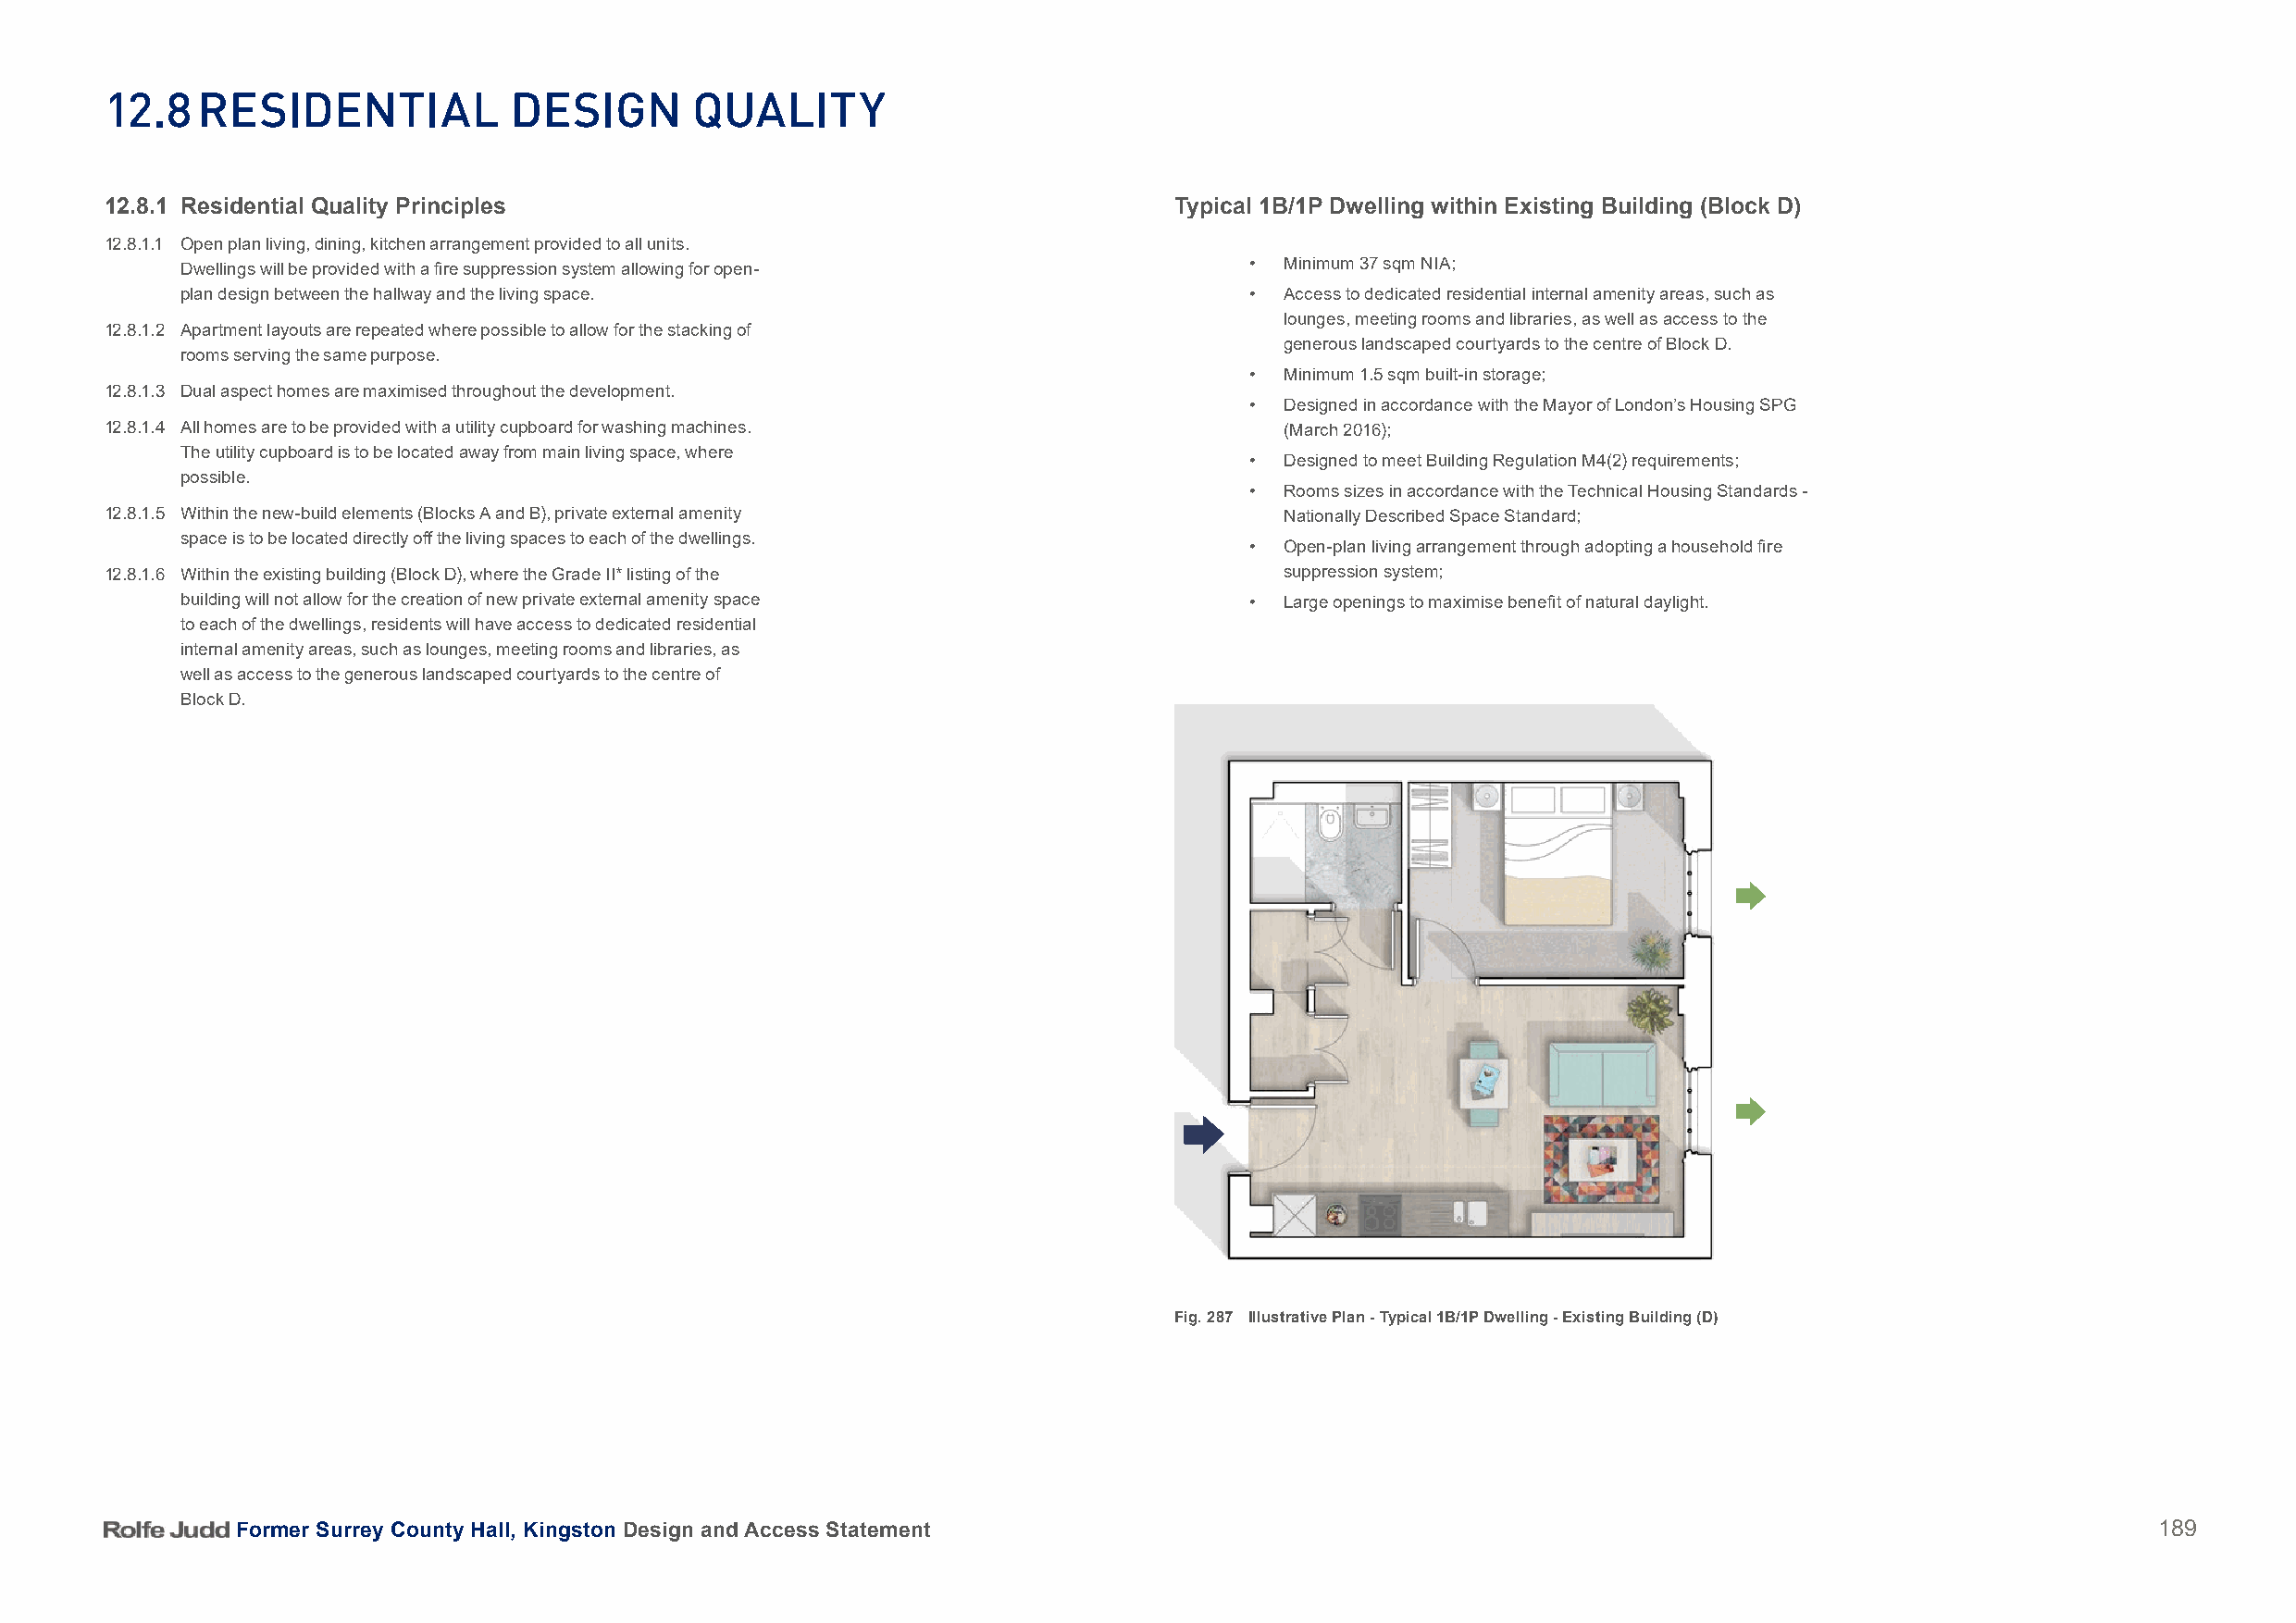
12.8   reSiDential            DeSign       Quality
 12.8.1 Residential Quality Principles                                        Typical 1B/1P Dwelling within Existing Building (Block D)
 12.8.1.1 Open plan living, dining, kitchen arrangement provided to all units.
 Dwellings will be provided with a fire suppression system allowing for open- • Minimum 37 sqm NIA;
 plan design between the hallway and the living space.                       •  Access to dedicated residential internal amenity areas, such as
 lounges, meeting rooms and libraries, as well as access to the
 12.8.1.2 Apartment layouts are repeated where possible to allow for the stacking of
 generous landscaped courtyards to the centre of Block D.
 rooms serving the same purpose.
 •  Minimum 1.5 sqm built-in storage;
 12.8.1.3 Dual aspect homes are maximised throughout the development.
 •  Designed in accordance with the Mayor of London’s Housing SPG
 12.8.1.4 All homes are to be provided with a utility cupboard for washing machines.  (March 2016);
 The utility cupboard is to be located away from main living space, where
 •  Designed to meet Building Regulation M4(2) requirements;
 possible.
 •  Rooms sizes in accordance with the Technical Housing Standards -
 12.8.1.5 Within the new-build elements (Blocks A and B), private external amenity    Nationally Described Space Standard;
 space is to be located directly off the living spaces to each of the dwellings.
 •  Open-plan living arrangement through adopting a household fire
 12.8.1.6 Within the existing building (Block D), where the Grade II* listing of the  suppression system;
 building will not allow for the creation of new private external amenity space • Large openings to maximise benefit of natural daylight.
 to each of the dwellings, residents will have access to dedicated residential
 internal amenity areas, such as lounges, meeting rooms and libraries, as
 well as access to the generous landscaped courtyards to the centre of
 Block D.
 Fig. 287 Illustrative Plan - Typical 1B/1P Dwelling - Existing Building (D)
 Former Surrey County Hall, Kingston Design and Access Statement                                                                          189